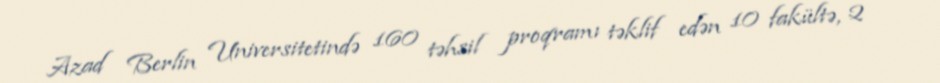
Azad Berlin Universitetində 160 təhsil proqramı təklif edən 10 fakültə, 2